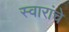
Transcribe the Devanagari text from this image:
स्वारांचे